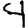
Digit: 4